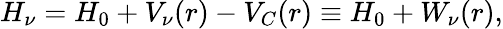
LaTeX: H_{\nu}=H_{0}+V_{\nu}(r)-V_{C}(r)\equiv H_{0}+W_{\nu}(r),